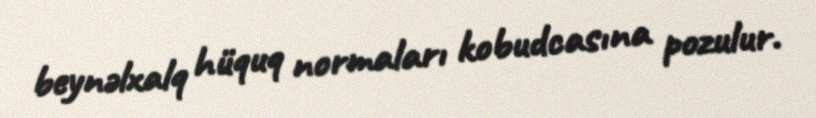
beynəlxalq hüquq normaları kobudcasına pozulur.